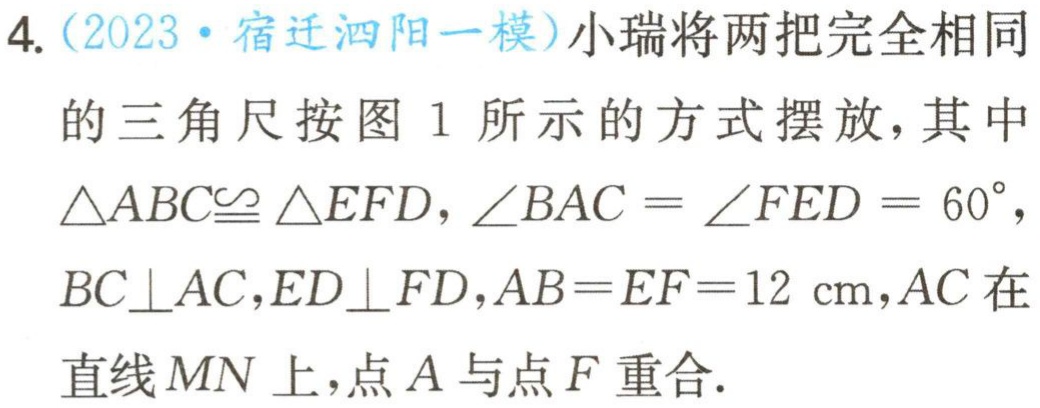
4.（2023·宿迁泗阳一模）小瑞将两把完全相同
的三角尺按图 1 所示的方式摆放，其中
$\triangle ABC\cong \triangle EFD,\angle BAC=\angle FED = 60^{\circ },$
$BC\perp AC,ED\perp FD,AB = EF = 12\ \text{cm},AC$在
直线$MN$上，点$A$与点$F$重合.